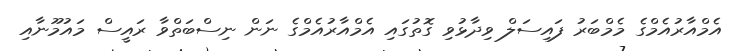
އެމްއާރުއެމްގެ މެމްބަރު ފައިސަލް ވިދާޅުވި ގޮތުގައި އެމްއާރުއެމްގެ ނަން ނިސްބަތްވާ ރައީސް މައުމޫނާއި